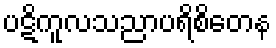
ပဋိကူလသညာပရိစိတေန